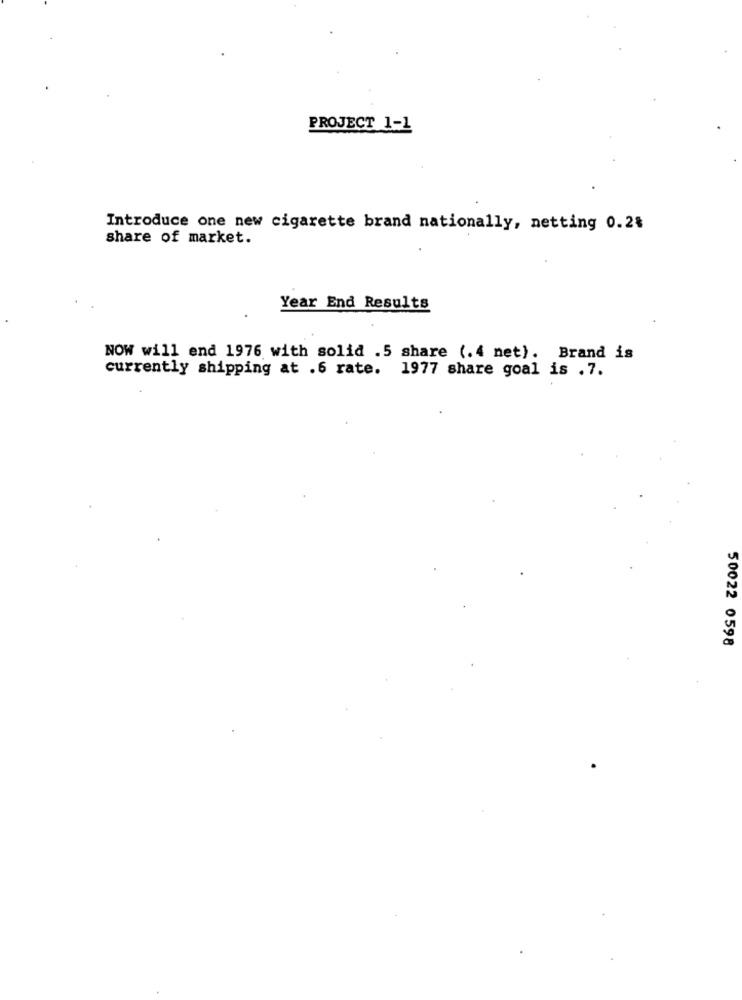
PROJECT 1-1
Introduce one new cigarette brand nationally, netting 0.2%
share of market.
Year End Results
NOW will end 1976 with solid .5 share (.4 net). Brand is
currently shipping at .6 rate. 1977 share goal is .7.
50022 0598